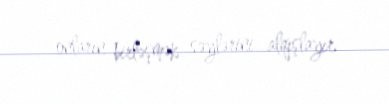
onların birləşmək səylərini alqışlayır.